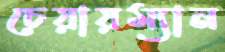
চেয়ায়ম্যান